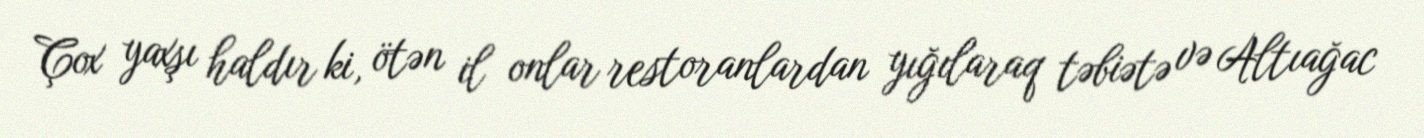
Çox yaxşı haldır ki, ötən il onlar restoranlardan yığılaraq təbiətə və Altıağac